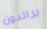
براندون